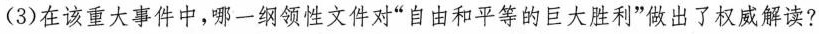
(3)在该重大事件中，哪一纲领性文件对“自由和平等的巨大胜利”做出了权威解读?